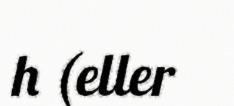
h (eller